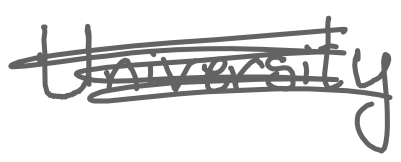
Text: University
Cross-out: scratch
Writing tool: digital_gray